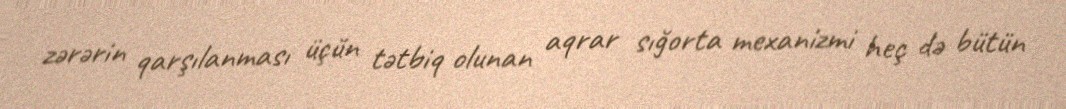
zərərin qarşılanması üçün tətbiq olunan aqrar sığorta mexanizmi heç də bütün